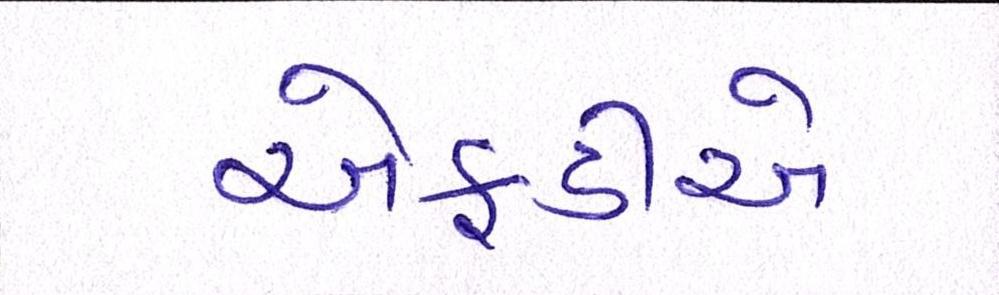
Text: એફડીએ